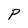
Character: P